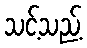
သင့်သည့်